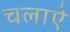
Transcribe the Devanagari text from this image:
चलाऐ